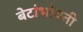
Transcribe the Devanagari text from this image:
बेटांभोवती